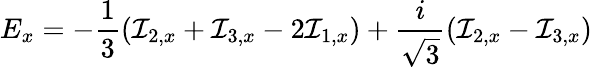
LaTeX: E_{x}=-\frac{1}{3}(\mathcal{I}_{2,x}+\mathcal{I}_{3,x}-2\mathcal{I}_{1,x})+\frac{i}{\sqrt{3}}(\mathcal{I}_{2,x}-\mathcal{I}_{3,x})